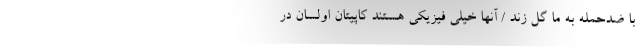
با ضدحمله به ما گل زند / آنها خیلی فیزیکی هستند کاپیتان اولسان در